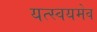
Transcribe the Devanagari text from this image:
यत्स्वयमेव